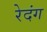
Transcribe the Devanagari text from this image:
रेदंग